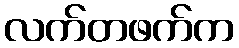
လက်တဖက်က